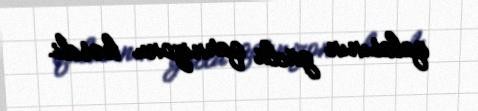
qalasının güclü qarnizonu kəsdi.